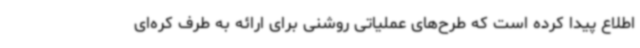
اطلاع پیدا کرده است که طرح‌های عملیاتی روشنی برای ارائه به طرف کره‌ای